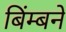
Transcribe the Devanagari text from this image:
बिंम्बने